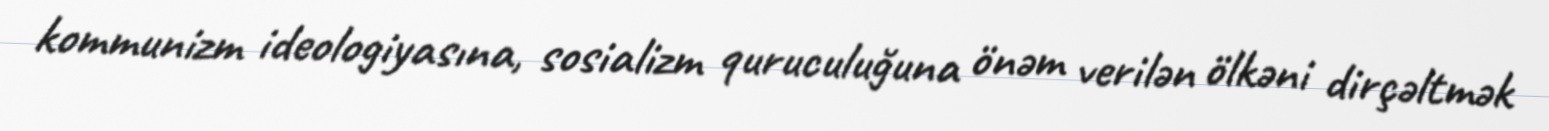
kommunizm ideologiyasına, sosializm quruculuğuna önəm verilən ölkəni dirçəltmək